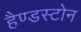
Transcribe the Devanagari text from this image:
हैण्डस्टोन